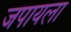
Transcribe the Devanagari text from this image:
जपायला